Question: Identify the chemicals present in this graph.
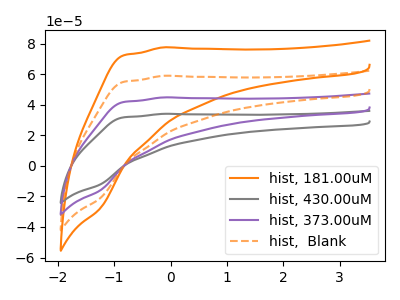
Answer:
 <answer>The orange curve is labeled "hist, 181.00uM". The gray curve is labeled "hist, 430.00uM". The purple curve is labeled "hist, 373.00uM". The orange dashed curve is labeled "hist,  Blank".</answer>
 <eval></eval>